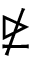
\ntrianglerighteq